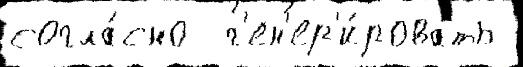
согла́сно  г'ен'ер'и́ровать